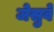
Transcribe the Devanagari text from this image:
जेसुवे